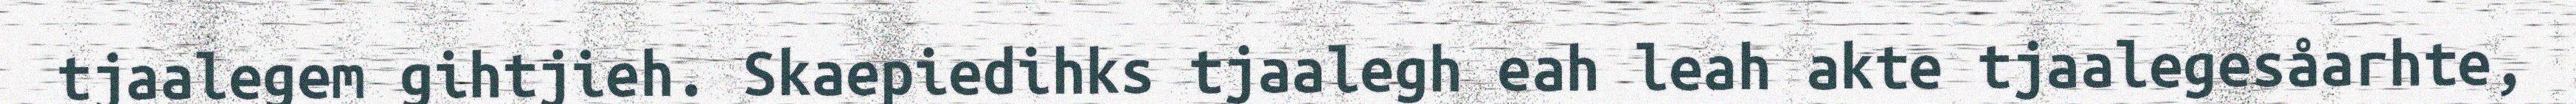
tjaalegem gihtjieh. Skaepiedihks tjaalegh eah leah akte tjaalegesåarhte,